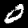
Digit: 0